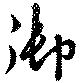
御